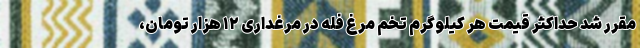
مقرر شد حداکثر قیمت هر کیلوگرم تخم مرغ فله در مرغداری ۱۲ هزار تومان،